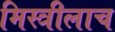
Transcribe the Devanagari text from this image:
मिस्त्रीलाच